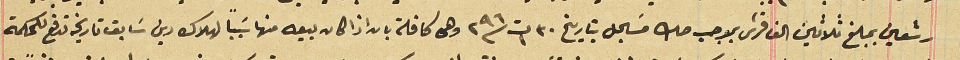
رشعين بمبلغ ثلاثين الف قرش بموجب صك مسَجل بتاريخ ٣٠ ت١ سنة ٢٩٦ وهى كافلة بانه اذا كان بيعه منها سَبباً لهلاك دين سَابق تاريخه تدفع للمحكمة